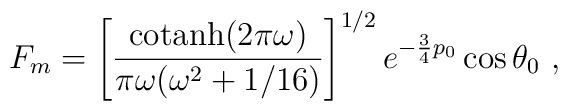
F_m = \left[ {{\rm cotanh} (2\pi\omega)\over \pi\omega (\omega^2+1/16)} \right]^{1/2} e^{-{3\over 4} p_0} \cos \theta_0 \ ,